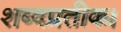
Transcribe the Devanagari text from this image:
शब्दप्रतीक।